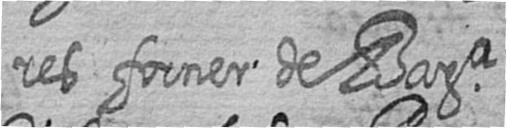
res forner de Bara